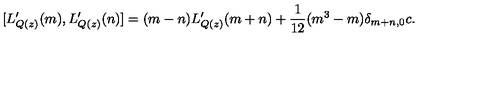
[ L _ { Q ( z ) } ^ { \prime } ( m ) , L _ { Q ( z ) } ^ { \prime } ( n ) ] = ( m - n ) L _ { Q ( z ) } ^ { \prime } ( m + n ) + { \displaystyle \frac { 1 } { 1 2 } } ( m ^ { 3 } - m ) \delta _ { m + n , 0 } c .